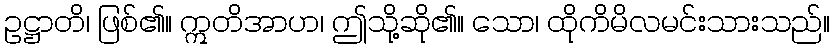
ဥဋ္ဌာတိ၊ ဖြစ်၏။ ဣတိအာဟ၊ ဤသို့ဆို၏။ သော၊ ထိုကိမိလမင်းသားသည်။